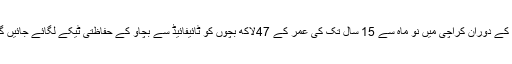
مہم کے دوران کراچی میں نو ماہ سے 15 سال تک کی عمر کے 47لاکھ بچوں کو ٹائیفائیڈ سے بچاؤ کے حفاظتی ٹیکے لگائے جائیں گے۔